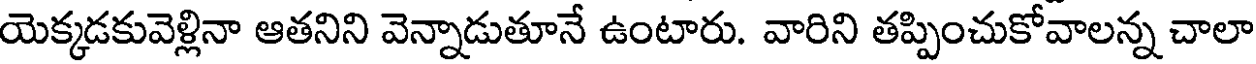
యెక్కడకువెళ్లినా ఆతనిని వెన్నాడుతూనే ఉంటారు. వారిని తప్పించుకోవాలన్న చాలా